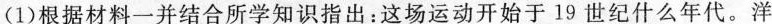
(1)根据材料一并结合所学知识指出：这场运动开始于19世纪什么年代。洋